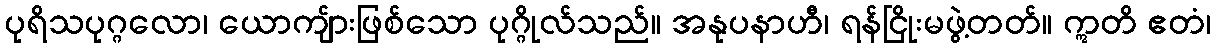
ပုရိသပုဂ္ဂလော၊ ယောကျ်ားဖြစ်သော ပုဂ္ဂိုလ်သည်။ အနုပနာဟီ၊ ရန်ငြိုးမဖွဲ့တတ်။ ဣတိ ဧတံ၊